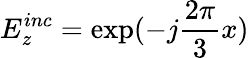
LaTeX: E_{z}^{inc}=\exp(-j{\frac{2\pi}{3}}x)